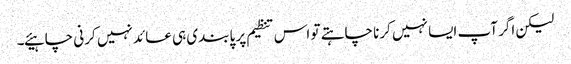
لیکن اگر آپ ایسا نہیں کرنا چاہتے تو اس تنظیم پر پابندی ہی عائد نہیں کرنی چاہیئے۔